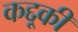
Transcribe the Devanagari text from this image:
कद्दूकी